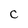
Character: C